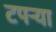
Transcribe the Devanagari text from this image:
टपर्‍या